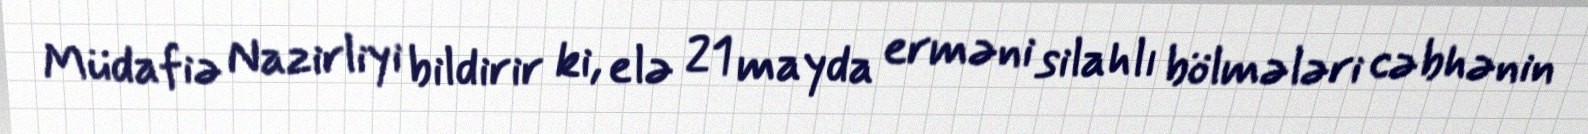
Müdafiə Nazirliyi bildirir ki, elə 21 mayda erməni silahlı bölmələri cəbhənin